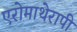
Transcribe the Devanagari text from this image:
एरोमाथेरापी